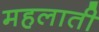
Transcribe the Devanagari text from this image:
महलाती